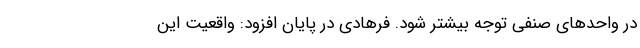
در واحدهای صنفی توجه بیشتر شود. فرهادی در پایان افزود: واقعیت این